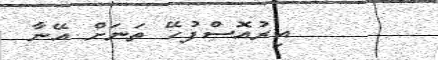
އިރުއޮސްފުހޭ ތަނަށް އޭނާ